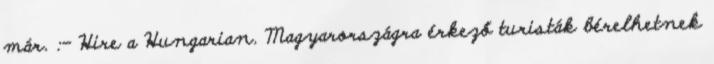
már. :- Hire a Hungarian. Magyarországra érkező turisták bérelhetnek